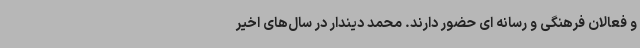
و فعالان فرهنگی و رسانه ای حضور دارند. محمد دیندار در سال‌های اخیر